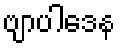
ဗျာပါဒေန